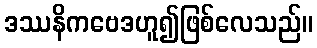
ဒဿနိကဗေဒဟူ၍ဖြစ်လေသည်။